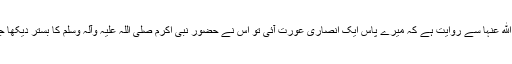
''اُم المؤمنین حضرت عائشہ صدیقہ رضی اﷲ عنہا سے روایت ہے کہ میرے پاس ایک انصاری عورت آئی تو اُس نے حضور نبی اکرم صلی اللہ علیہ وآلہ وسلم کا بستر دیکھا جو کہ دوہری کی ہوئی چادر پر مشتمل تھا۔